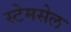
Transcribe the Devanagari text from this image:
स्टेमसेल